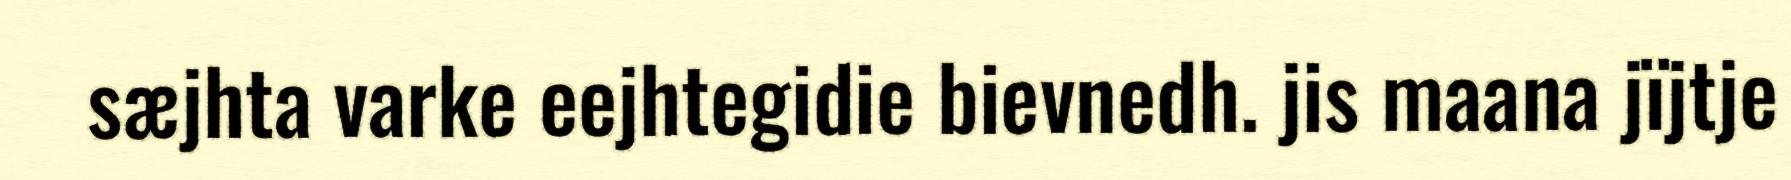
sæjhta varke eejhtegidie bievnedh. jis maana jïjtje